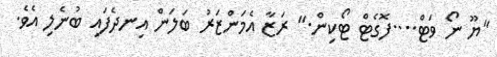
"ޔޫ ނޯ ވަޓް....ފޮގެޓް ޓޯކިން." ރަޒާ އެމަންޒަރު ބަލަން އިނދެފައި ބުނެލި އެވެ.